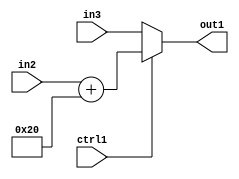
`timescale 1ps / 1ps
/*****************************************************************************
    Verilog RTL Description
    
    
    Created by: Stratus DpOpt 2019.1.01 
*******************************************************************************/

module st_weight_addr_gen_MuxAdd2i32u16u16u1_1 (
	in3,
	in2,
	ctrl1,
	out1
	); /* architecture "behavioural" */ 
input [15:0] in3,
	in2;
input  ctrl1;
output [15:0] out1;
wire [15:0] asc001,
	asc002;

assign asc002 = 
	+(in2)
	+(16'B0000000000100000);

reg [15:0] asc001_tmp_0;
assign asc001 = asc001_tmp_0;
always @ (ctrl1 or asc002 or in3) begin
	case (ctrl1)
		1'B1 : asc001_tmp_0 = asc002 ;
		default : asc001_tmp_0 = in3 ;
	endcase
end

assign out1 = asc001;
endmodule

/* CADENCE  v7X2QwA= : u9/ySgnWtBlWxVPRXgAZ4Og= ** DO NOT EDIT THIS LINE ******/